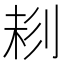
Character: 𠝁